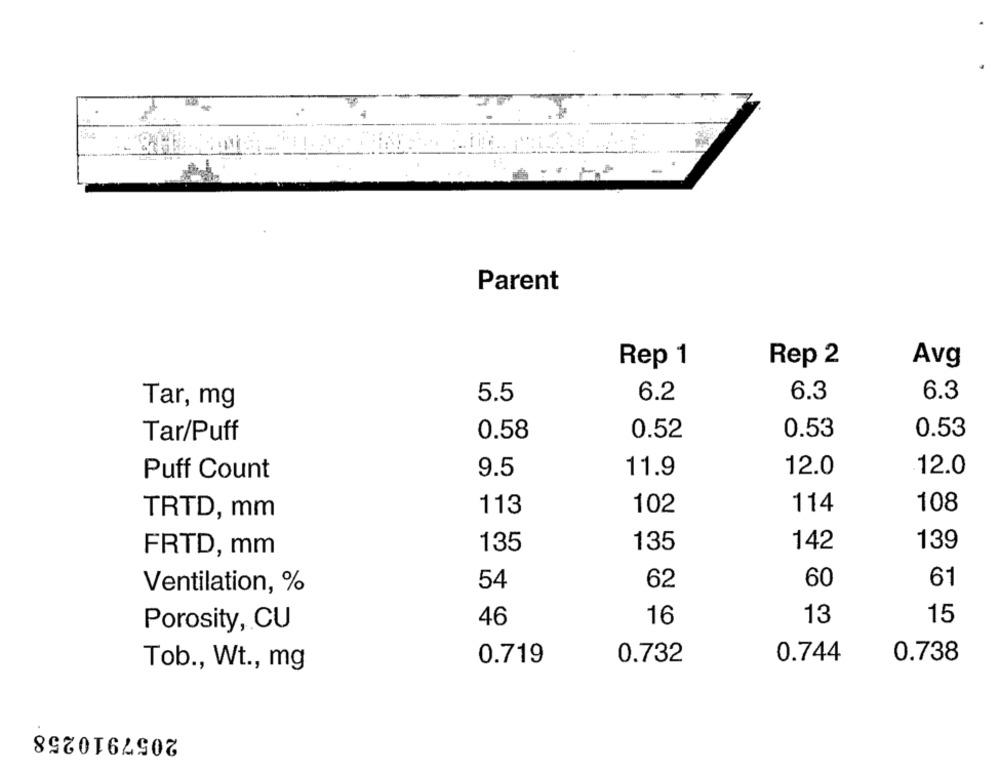
Parent
Rep 1
Rep 2
Avg
5.5
6.2
6.3
6.3
Tar, mg
0.53
0.53
Tar/Puff
0.58
0.52
11.9
12.0
12.0
Puff Count
9.5
113
102
114
108
TRTD, mm
135
135
142
139
FRTD, mm
54
62
60
61
Ventilation, %
46
16
13
15
Porosity, CU
0.719
0.732
0.744
0.738
Tob ., Wt ., mg
2057910258